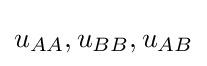
u_{AA},u_{BB},u_{AB}